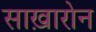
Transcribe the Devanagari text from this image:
साख़ारोन